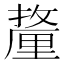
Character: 𰼚